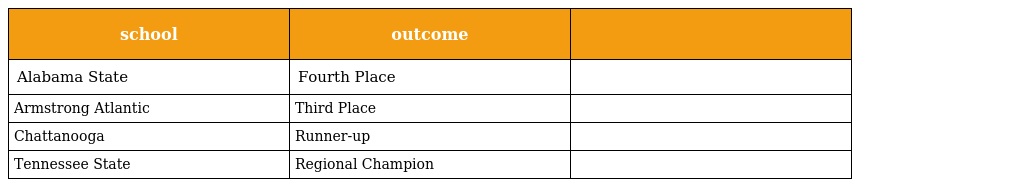
| school | outcome |  |
 | --- | --- | --- |
 | Alabama State | Fourth Place |  |
 | Armstrong Atlantic | Third Place |  |
 | Chattanooga | Runner-up |  |
 | Tennessee State | Regional Champion |  |